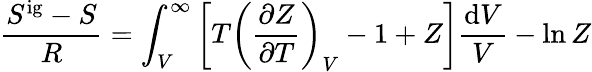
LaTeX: {\frac{S^{\mathrm{ig}}-S}{R}}=\int_{V}^{\infty}\left[T\left({\frac{\partial Z}{\partial T}}\right)_{V}-1+Z\right]{\frac{\mathrm{d}V}{V}}-\ln Z